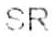
SR